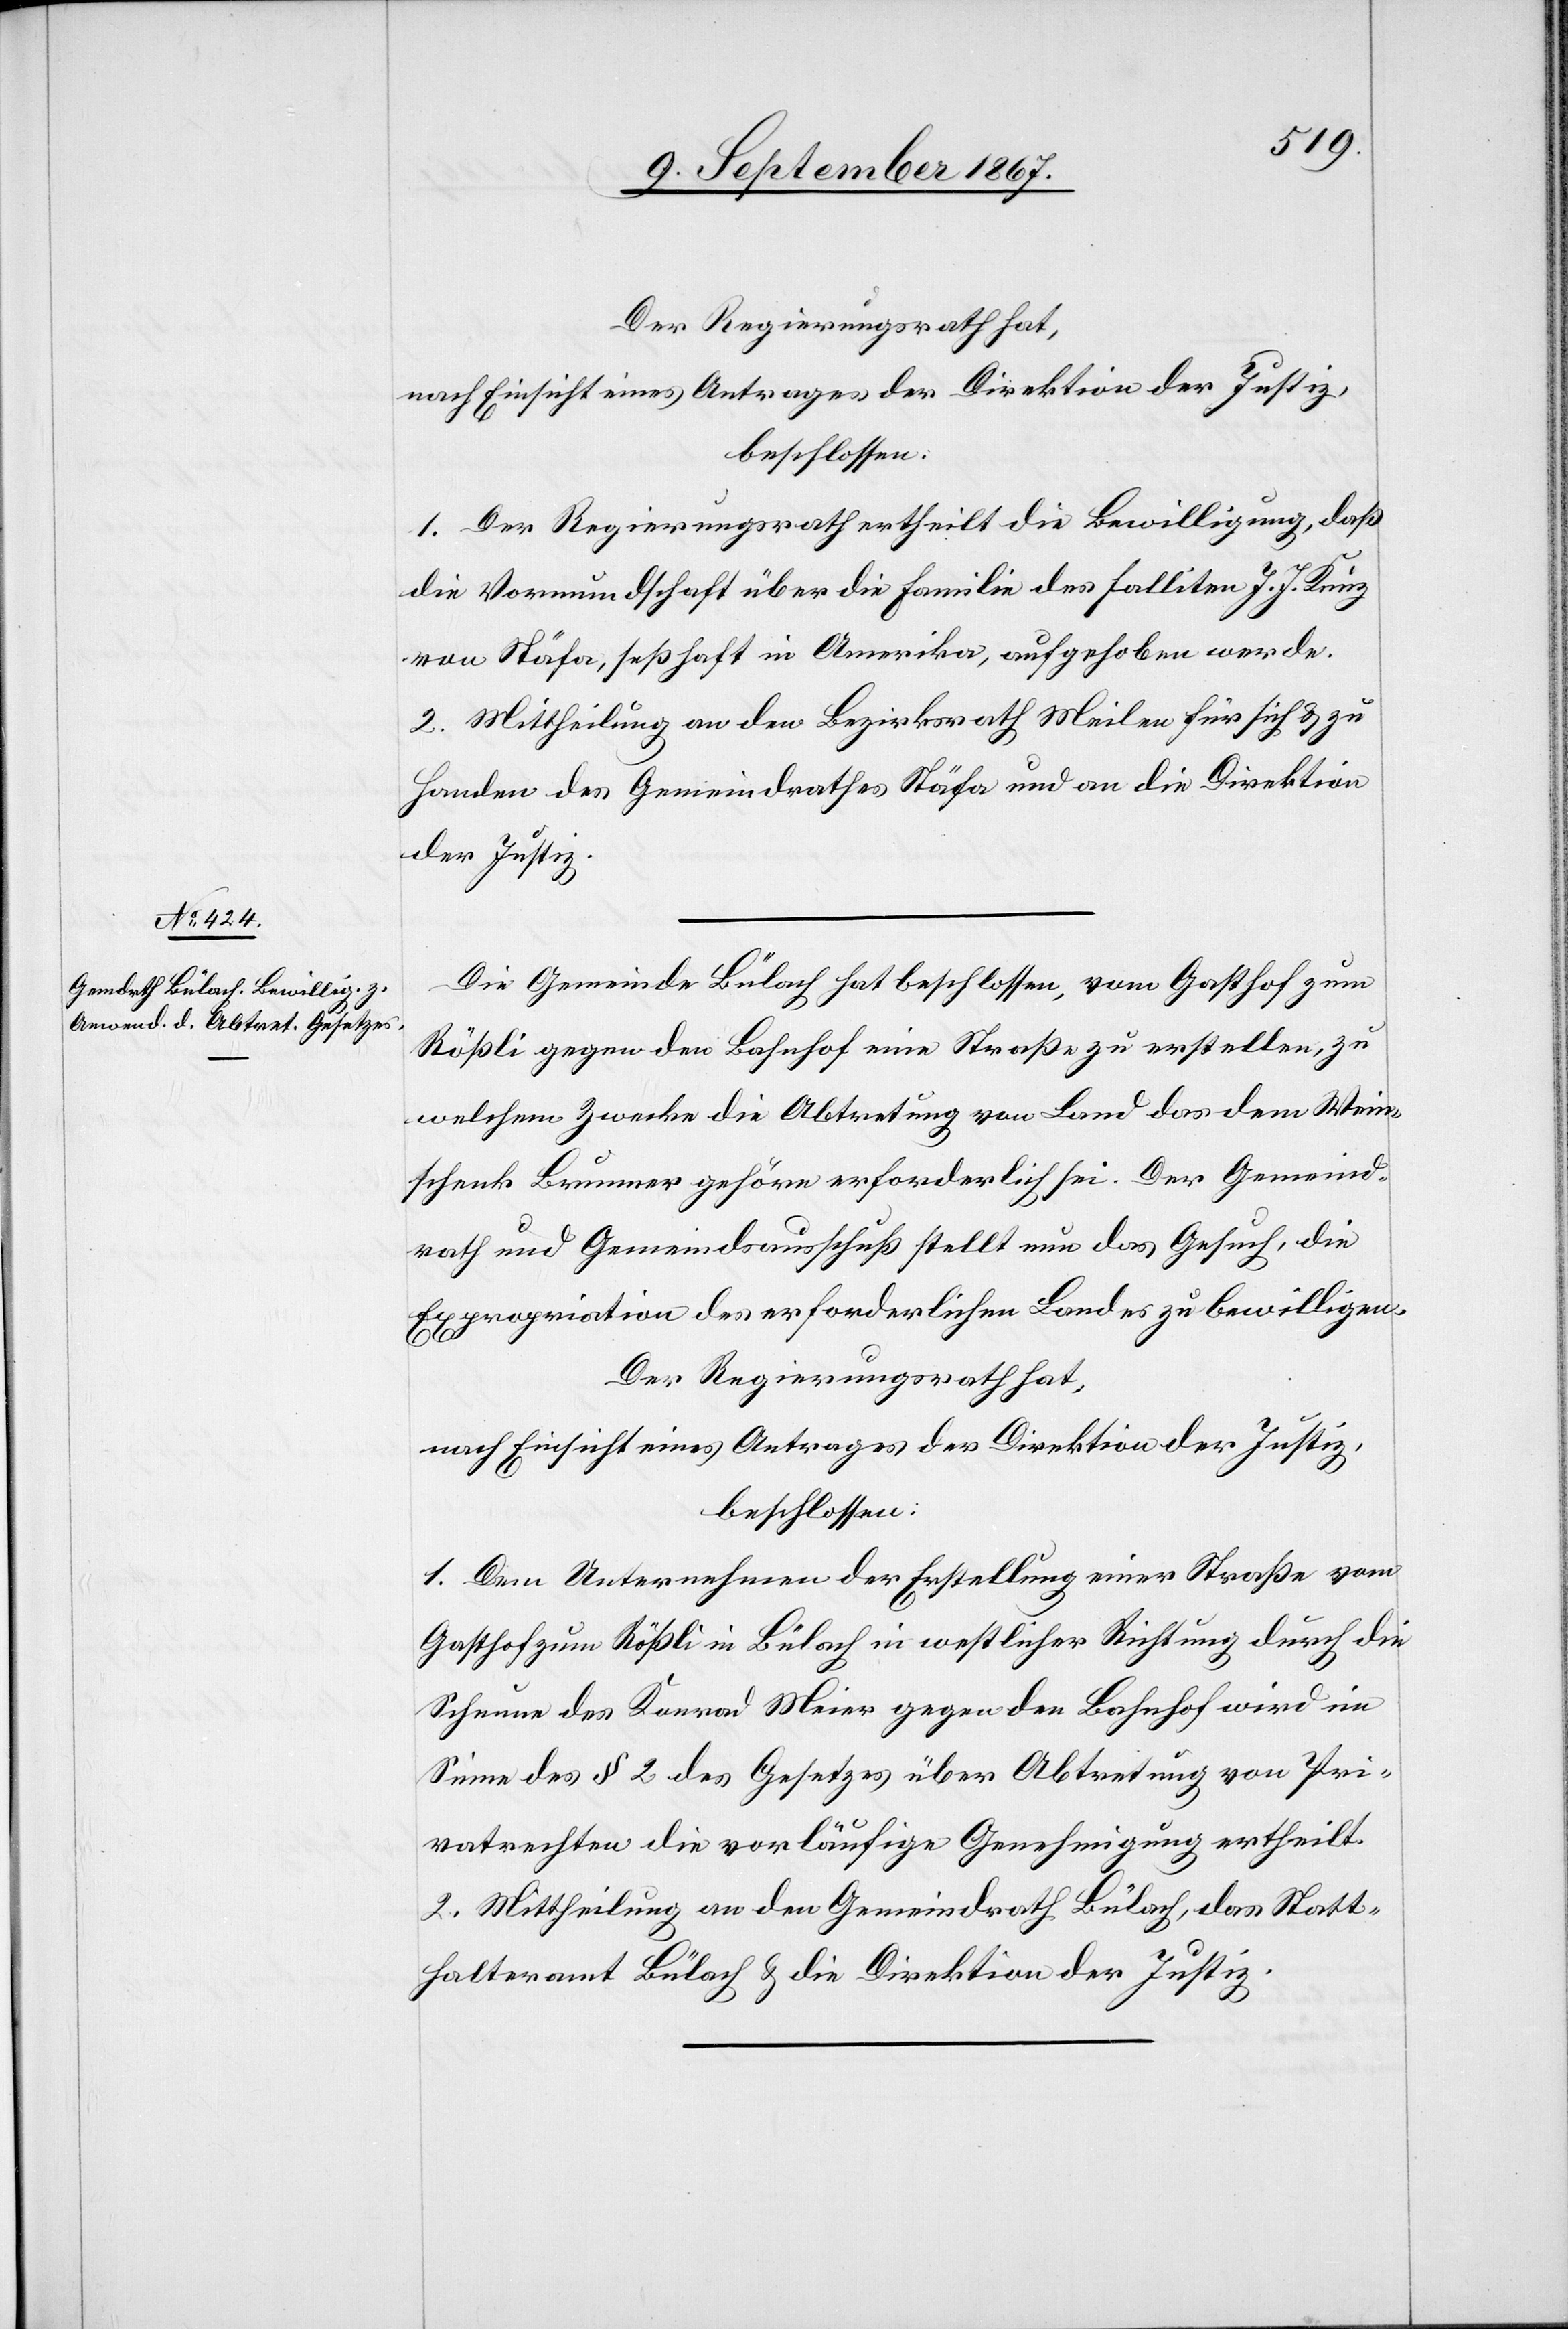
Der Regierungsrath hat,
nach Einsicht eines Antrages der Direktion der Justiz,
beschlossen:
1. Der Regierungsrath ertheilt die Bewilligung, daß
die Vormundschaft über die Familie des falliten J. J. Kunz
von Stäfa, seßhaft in Amerika, aufgehoben werde.
2. Mittheilung an den Bezirksrath Meilen für sich u. zu
Handen des Gemeindrathes Stäfa und an die Direktion
der Justiz.
Die Gemeinde Bülach hat beschlossen, vom Gasthof zum
Rößli gegen den Bahnhof eine Straße zu erstellen, zu
welchem Zwecke die Abtretung von Land das dem Wein¬
schenk Brunner gehöre erforderlich sei. Der Gemeind¬
rath und Gemeindsausschuß stellt nun das Gesuch, die
Expropriation des erforderlichen Landes zu bewilligen.
Der Regierungsrath hat,
nach Einsicht eines Antrages der Direktion der Justiz,
beschlossen:
1. Dem Unternehmen der Erstellung einer Straße vom
Gasthof Rößli in Bülach in westlicher Richtung durch die
Scheune des Konrad Meier gegen den Bahnhof wird im
Sinne des § 2 des Gesetzes über Abtretung von Pri¬
vatrechten die vorläufige Genehmigung ertheilt.
2. Mittheilung an den Gemeindrath Bülach, das Statt¬
halteramt Bülach u. die Direktion der Justiz.